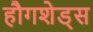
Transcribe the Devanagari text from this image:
हौगशेड्स